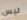
ليس